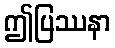
ဤပြဿနာ